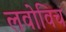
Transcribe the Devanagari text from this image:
लवोविच